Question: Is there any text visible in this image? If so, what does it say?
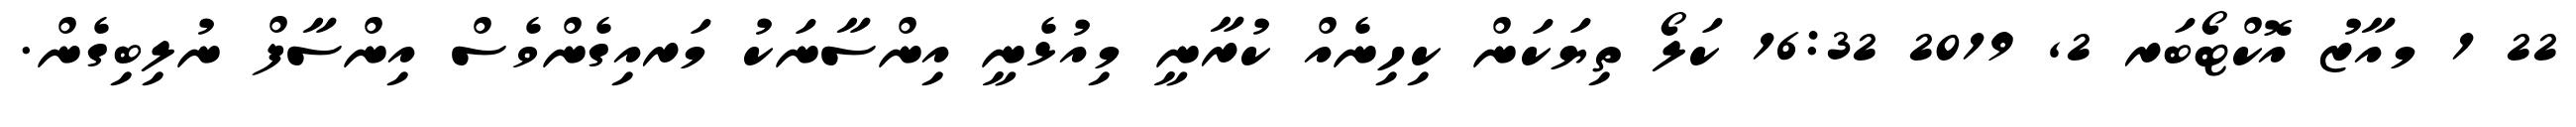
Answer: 22 1 މއާޒު އޮކްޓޯބަރ 2, 2019 16:32 ކަލޯ ތިޔަކަން ކިހިނެއް ކުރާނީ މިއުޅެނީ އިންސާނަކު މަރއިގެންވެސް އިންސާފް ނުލިބިގެން.